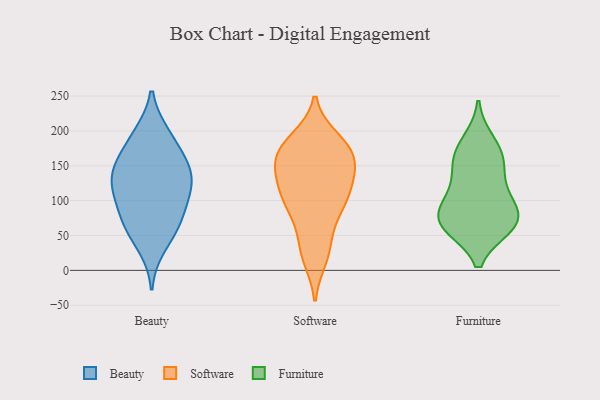
{"axis": {"x": "Waste Production (Tons)", "y": "Value"}, "legend": ["Beauty", "Furniture", "Software"], "data": [{"x": "", "y": 112, "type": "Beauty"}, {"x": "", "y": 90, "type": "Beauty"}, {"x": "", "y": 69, "type": "Beauty"}, {"x": "", "y": 196, "type": "Beauty"}, {"x": "", "y": 128, "type": "Beauty"}, {"x": "", "y": 164, "type": "Beauty"}, {"x": "", "y": 114, "type": "Beauty"}, {"x": "", "y": 144, "type": "Beauty"}, {"x": "", "y": 67, "type": "Beauty"}, {"x": "", "y": 196, "type": "Beauty"}, {"x": "", "y": 149, "type": "Beauty"}, {"x": "", "y": 118, "type": "Beauty"}, {"x": "", "y": 61, "type": "Beauty"}, {"x": "", "y": 156, "type": "Beauty"}, {"x": "", "y": 33, "type": "Beauty"}, {"x": "", "y": 168, "type": "Software"}, {"x": "", "y": 104, "type": "Software"}, {"x": "", "y": 19, "type": "Software"}, {"x": "", "y": 142, "type": "Software"}, {"x": "", "y": 133, "type": "Software"}, {"x": "", "y": 130, "type": "Software"}, {"x": "", "y": 165, "type": "Software"}, {"x": "", "y": 29, "type": "Software"}, {"x": "", "y": 157, "type": "Software"}, {"x": "", "y": 34, "type": "Software"}, {"x": "", "y": 127, "type": "Software"}, {"x": "", "y": 175, "type": "Software"}, {"x": "", "y": 187, "type": "Software"}, {"x": "", "y": 102, "type": "Software"}, {"x": "", "y": 94, "type": "Software"}, {"x": "", "y": 91, "type": "Software"}, {"x": "", "y": 78, "type": "Software"}, {"x": "", "y": 179, "type": "Software"}, {"x": "", "y": 175, "type": "Software"}, {"x": "", "y": 107, "type": "Furniture"}, {"x": "", "y": 66, "type": "Furniture"}, {"x": "", "y": 65, "type": "Furniture"}, {"x": "", "y": 63, "type": "Furniture"}, {"x": "", "y": 83, "type": "Furniture"}, {"x": "", "y": 116, "type": "Furniture"}, {"x": "", "y": 150, "type": "Furniture"}, {"x": "", "y": 168, "type": "Furniture"}, {"x": "", "y": 83, "type": "Furniture"}, {"x": "", "y": 65, "type": "Furniture"}, {"x": "", "y": 156, "type": "Furniture"}, {"x": "", "y": 185, "type": "Furniture"}]}